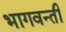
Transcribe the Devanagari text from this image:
भागवन्ती